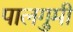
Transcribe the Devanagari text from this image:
पालगुमी